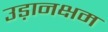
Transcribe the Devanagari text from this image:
उड़ानक्षम